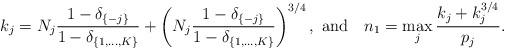
LaTeX: \begin{align*}k_j &= N_j\frac{1-\delta_{\{-j\}}}{1-\delta_{\{1,\dots,K\}}} + \left(N_j\frac{1-\delta_{\{-j\}}}{1-\delta_{\{1,\dots,K\}}}\right)^{3/4}, \mbox{ and\quad}n_1 = \max_{j} \frac{k_j+k_j^{3/4}}{p_j}.\end{align*}